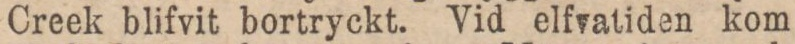
Creek blifvit bortryckt. Vid elfvatiden kom